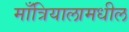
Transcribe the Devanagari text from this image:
माँत्रियालामधील